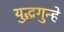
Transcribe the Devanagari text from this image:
युद्धगुन्हे